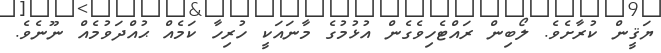
ޔަޤީން ކުރާށެވެ. ލޯބިން ރައްޓެހިވެގެން އުޅުމުގެ މާނައަކީ ހުރިހާ ކަމެއް ޙުއްދަވުމެއް ނޫނެވެ.